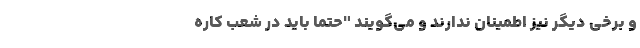
و برخی دیگر نیز اطمینان ندارند و می‌گویند "حتماً باید در شعب کاره